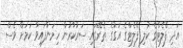
އަދި ފްލެޓްގެ ކުލި ފްލެޓްގެ އަގުގެ ތެރޭގައި ސަރުކާރުން ހިމަނާފައިވާ ކަމަށް ވެސް